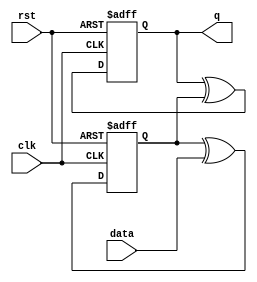
`timescale 1ns/1ns
module Tff_2 (
input wire data, clk, rst,
output reg q  
);
//*************code***********//
    reg data1;
    
    always@(posedge clk or negedge rst)
    begin
        if(!rst)
            data1<=1'b0;
        else
            data1<=data1^data;
    end
    
    always@(posedge clk or negedge rst)
    begin
        if(!rst)
            q<=1'b0;
        else
            q<=q^data1;
    end
    
        
    
//*************code***********//
endmodule